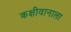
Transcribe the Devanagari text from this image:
कक्षीवानाला